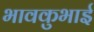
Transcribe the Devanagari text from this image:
भावकुभाई